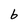
Character: b